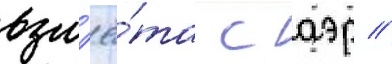
взл'ё́та с аэр //